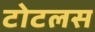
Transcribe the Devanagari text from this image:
टोटलस